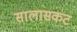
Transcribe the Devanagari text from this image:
सालासकट